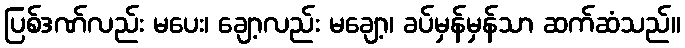
ပြစ်ဒဏ်လည်း မပေး၊ ချော့လည်း မချော့၊ ခပ်မှန်မှန်သာ ဆက်ဆံသည်။